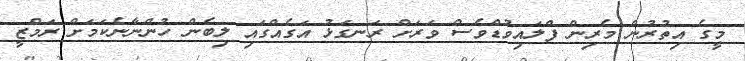
މީގެ އިތުރުން މެރިން ފްލައިވުޑްވެސް ވަރަށް ރަނގަޅު އަގެއްގައި ލިބެން ހުންނާނެކަމަށް ރަމްޒީ